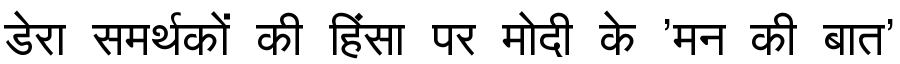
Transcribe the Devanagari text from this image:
डेरा समर्थकों की हिंसा पर मोदी के 'मन की बात'